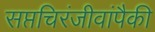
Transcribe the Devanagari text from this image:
सप्तचिरंजीवांपैकी